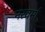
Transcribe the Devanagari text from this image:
नरवर्मा